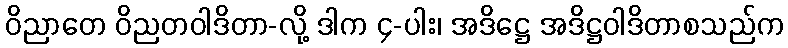
ဝိညာတေ ဝိညတဝါဒိတာ-လို့ ဒါက ၄-ပါး၊ အဒိဋ္ဌေ အဒိဋ္ဌဝါဒိတာစသည်က